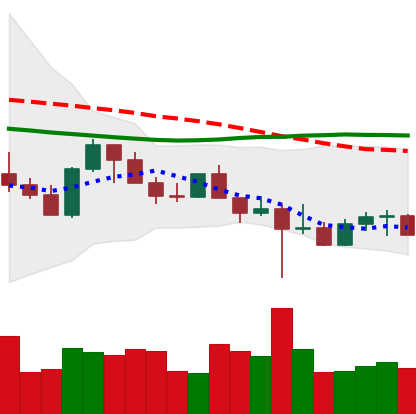
Ticker: LTC-USD
Chart end date: 2022-10-19
Forward return: 3.104%
Label: up_3_5